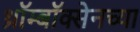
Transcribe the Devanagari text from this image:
थ्रॉम्बॉक्सेनच्या